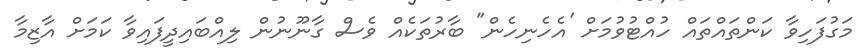
މަގުފަހިވާ ކަންތައްތައް ހުއްޓުވުމަށް 'އެހެނިހެން" ބާރުތަކެއް ވެސް ގާނޫނުން ލިއްބައިދީފައިވާ ކަމަށް އާޒިމާ